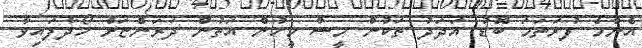
އެންމެ ފުރަތަމަ ބޮޑު އަދަދު ތަކުން މީސް މީހުން އަތުން ދަރަންޏަށް ހޯދާފައިވާ